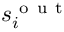
s _ { i } ^ { \mathrm { ~ o ~ u ~ t ~ } }